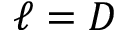
\ell = D